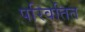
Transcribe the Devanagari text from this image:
परिवतित